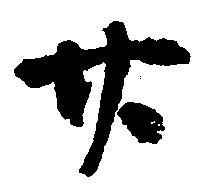
廿